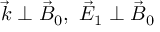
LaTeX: { \vec { k } } \perp { \vec { B } } _ { 0 } , \ { \vec { E } } _ { 1 } \perp { \vec { B } } _ { 0 }